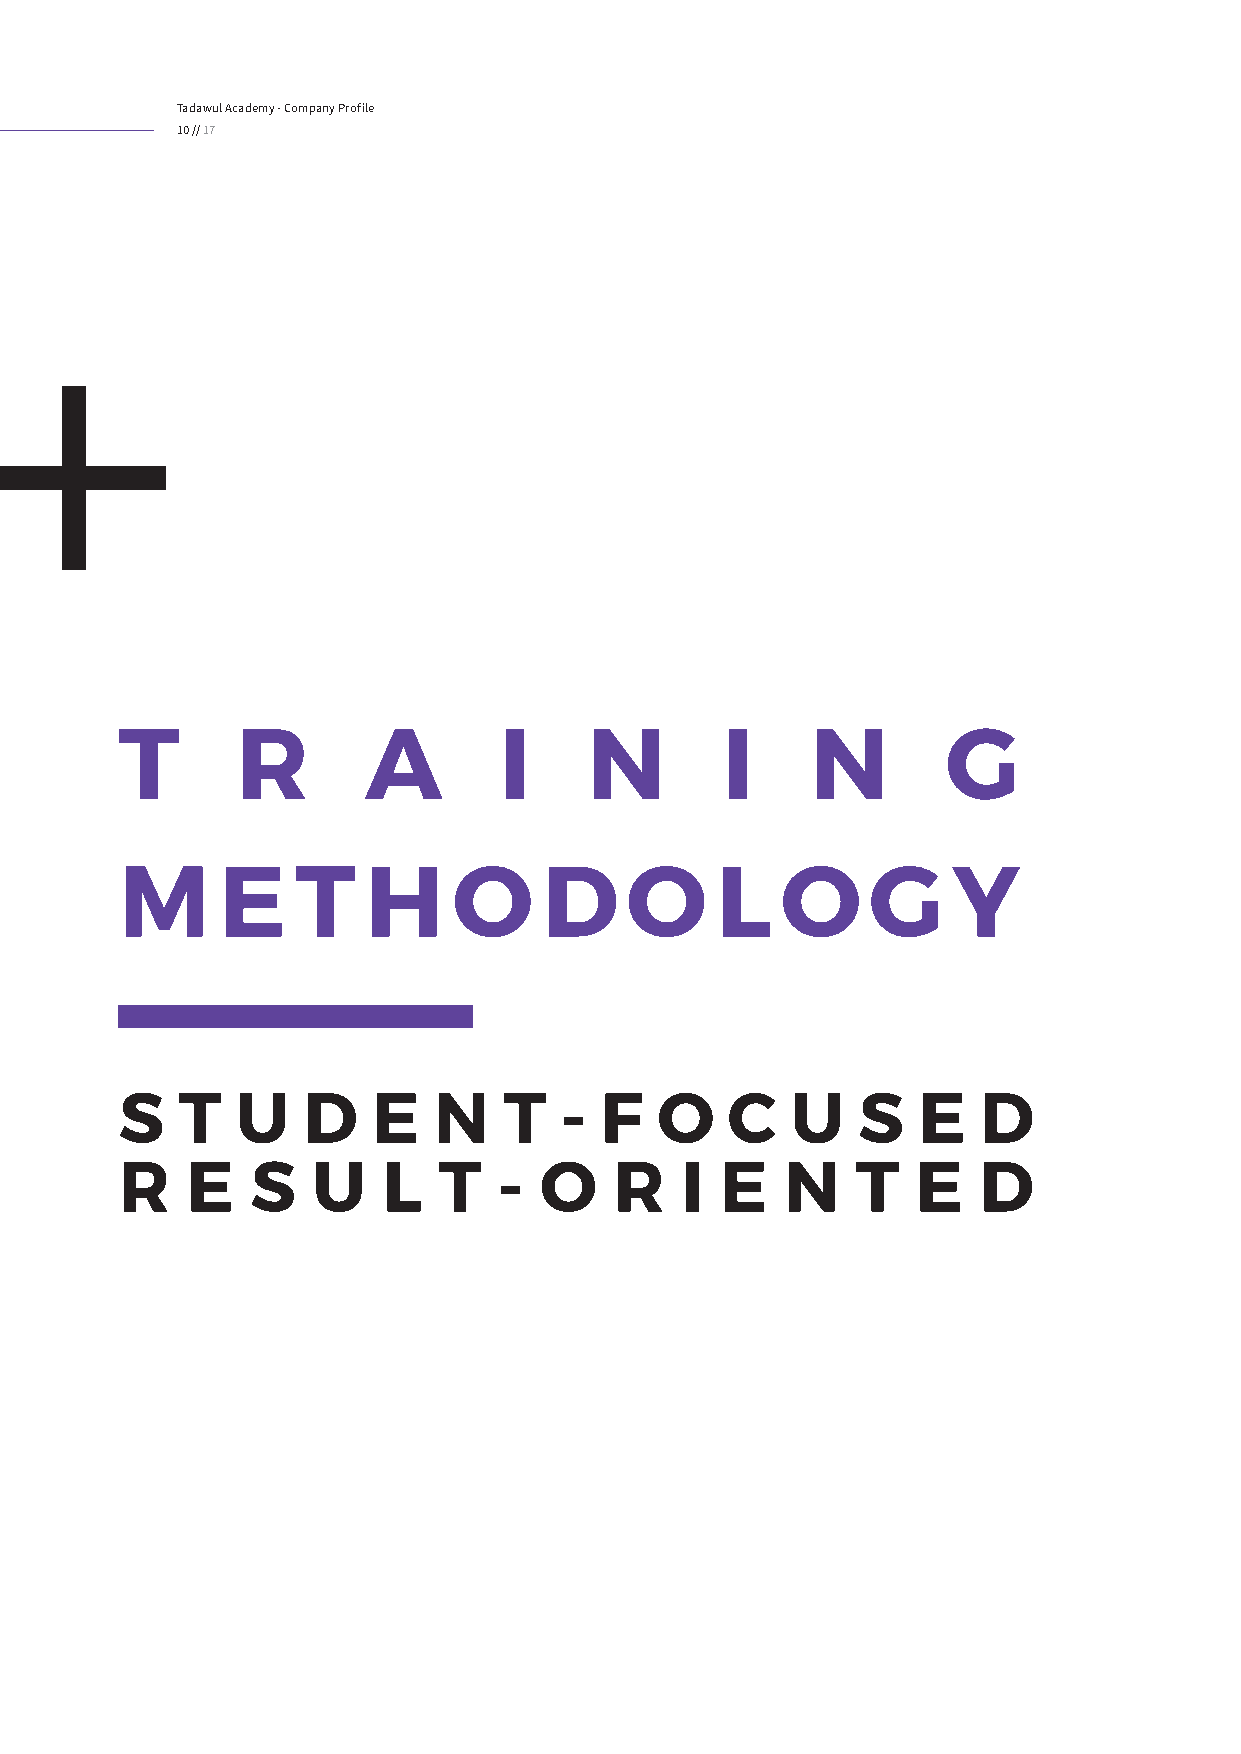
Tadawul Academy - Company Profile
 10 // 17
 T       R       A        I     N        I     N        G
 M     E     T   H     O     D    O     L    O    G     Y
 S   T   U   D    E   N   T   -  F  O    C   U    S   E   D
 R   E    S   U   L   T   -  O    R   I  E   N    T   E   D